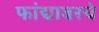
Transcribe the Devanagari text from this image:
फांद्यावरचे